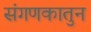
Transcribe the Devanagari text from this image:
संगणकातुन